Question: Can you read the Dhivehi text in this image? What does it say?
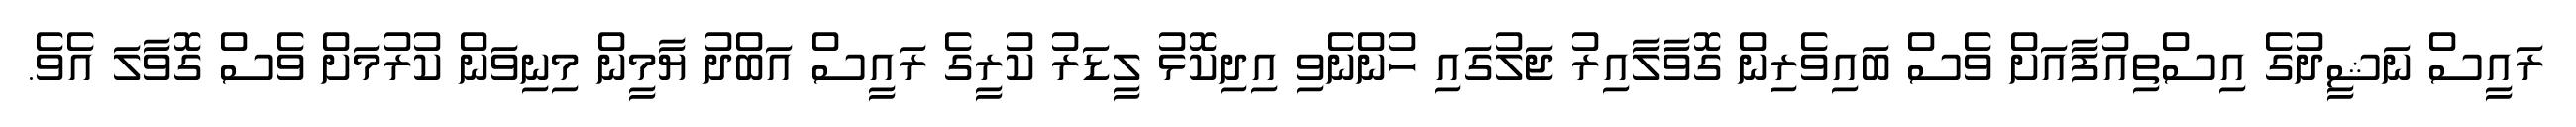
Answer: ރައީސް ނަޝީދުގެ އިސްތިއުފާއަށް ވެސް ބައިވެރިން ގޮވާލާއިރު ޖަލުގައި ހުންނެވި އިދިކޮޅު ލީޑަރު ކުރީގެ ރައީސް އަބްދު ޔާމީން މިނިވަން ކުރުމަށް ވެސް ގޮވާލަ އެވެ.